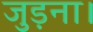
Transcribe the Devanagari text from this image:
जुड़ना।